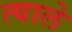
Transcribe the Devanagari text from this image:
त्याले